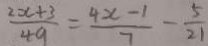
\frac { 2 x + 3 } { 4 9 } = \frac { 4 x - 1 } { 7 } - \frac { 5 } { 2 1 }